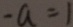
- a = 1